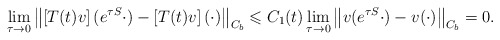
\begin{align*} \lim_{\tau\to 0}\left\|\left[T(t)v\right](e^{\tau S}\cdot)-\left[T(t)v\right](\cdot)\right\|_{C_b}\leqslant C_1(t) \lim_{\tau\to 0}\left\|v(e^{\tau S}\cdot)-v(\cdot)\right\|_{C_b}=0. \end{align*}